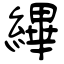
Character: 縪